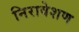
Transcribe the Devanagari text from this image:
निरावेशण